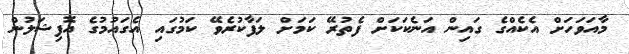
މާއަވަހަށް އެކެއްގެ ގައިން އަނެކަކަށް ފެތުރޭ ކަމަށް ލަފާކުރެވޭ ކަމުގައި އެގައުމުގެ އޮފިޝަލުން